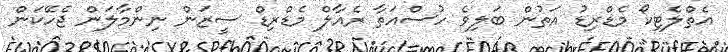
އެތްލެޓިކޯ މެޑްރިޑު އަތުން ބަލިވެ ހުސްއަތާ ރެއާލް މެޑްރިޑް ސީޒަން ނިންމާލަން ޖެހޭކަން